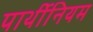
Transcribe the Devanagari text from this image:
पार्थीनियम